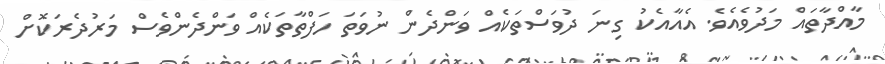
މާއްދާތައް މަދުވެއެވެ. އެއާއެކު ގިނަ ދުވަސްތަކެއް ވަންދެން ނުވަތަ ހަފްތާތަކެއް ވަންދެންވެސް މަރުދެރަކޮށް